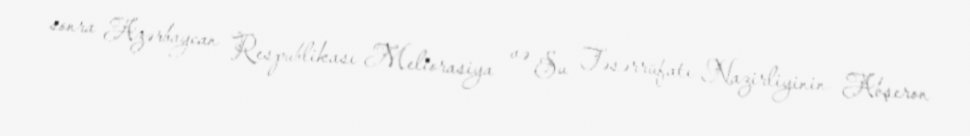
sonra Azərbaycan Respublikası Meliorasiya və Su Təsərrüfatı Nazirliyinin Abşeron